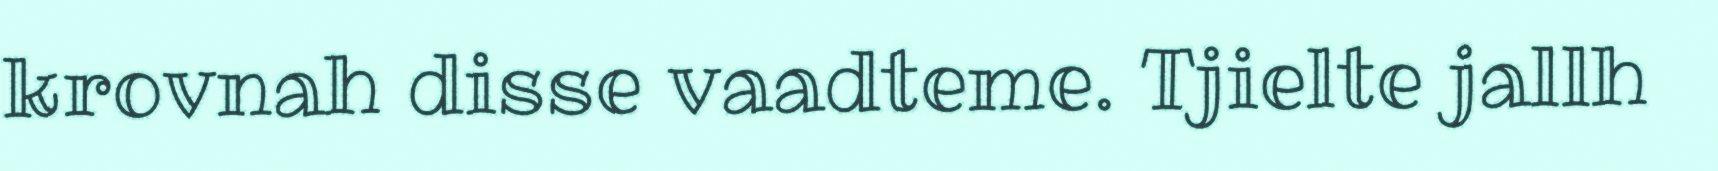
krovnah disse vaadteme. Tjielte jallh